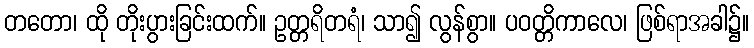
တတော၊ ထို တိုးပွားခြင်းထက်။ ဥတ္တရိတရံ၊ သာ၍ လွန်စွာ။ ပဝတ္တိကာလေ၊ ဖြစ်ရာအခါ၌။